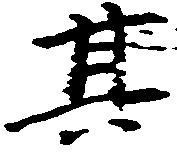
其